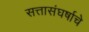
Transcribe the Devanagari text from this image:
सत्तासंघर्षाचे